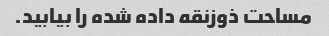
مساحت ذوزنقه داده شده را بیابید.